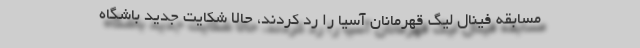
مسابقه فینال لیگ قهرمانان آسیا را رد کردند، حالا شکایت جدید باشگاه